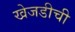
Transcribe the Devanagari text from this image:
खेजडीची